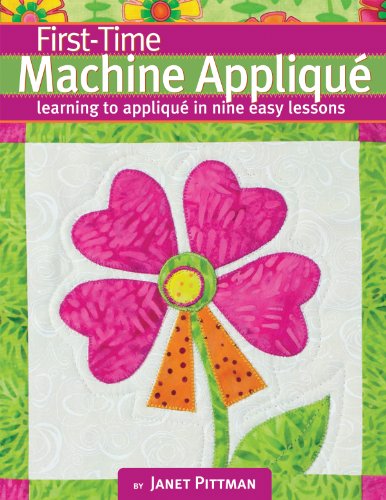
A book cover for First-Time Machine Applique: Learning to Machine Applique in Nine Easy Lessons; Janet Pittman; Crafts, Hobbies & Home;